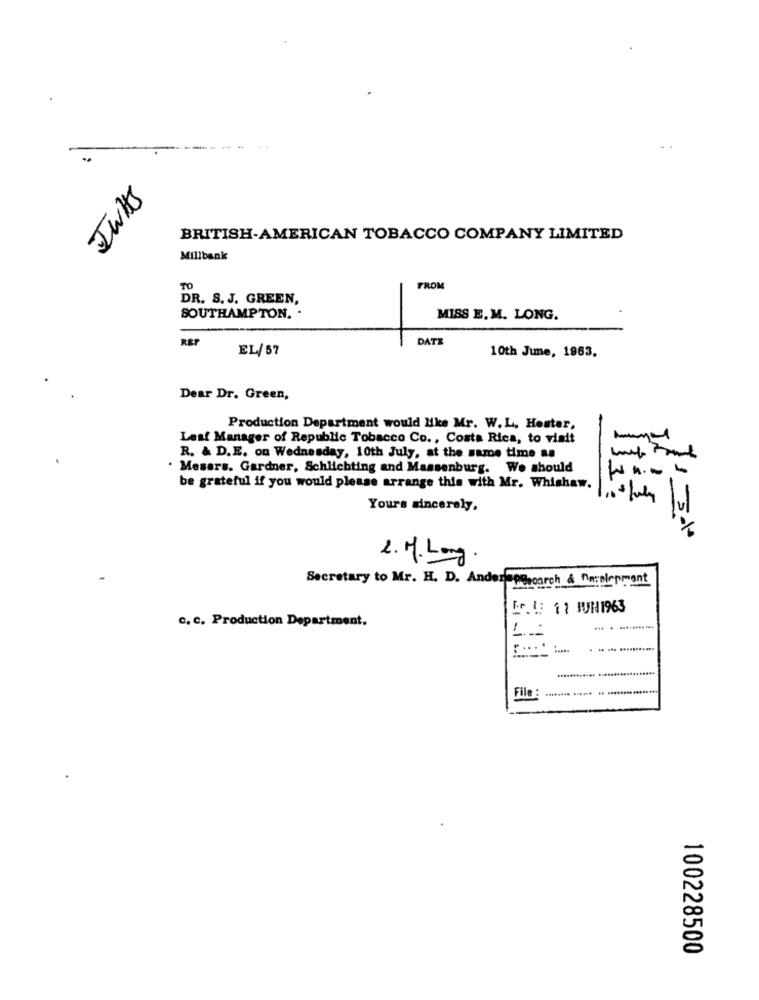
Iwas
BRITISH-AMERICAN TOBACCO COMPANY LIMITED
Millbank
TO
FROM
DR. S. J. GREEN,
SOUTHAMPTON. .
MISS E.M. LONG.
DATE
EL/67
10th June, 1963.
Dear Dr. Green,
Production Department would like Mr. W. L, Hester,
Leaf Manager of Republic Tobacco Co ., Costa Rica, to visit
R. & D.E. on Wednesday, 10th July, at the same time as
. Mesers. Gardner, Schlichting and Massenburg. We should
W ...
be grateful if you would please arrange this with Mr. Whishaw.
Yours sincerely,
2.M. Long .
Secretary to Mr. H. D. AndersPE carch & nn:elermant
Dr. 1: 11 HUN1963
c. c. Production Department.
-
File :
100228500